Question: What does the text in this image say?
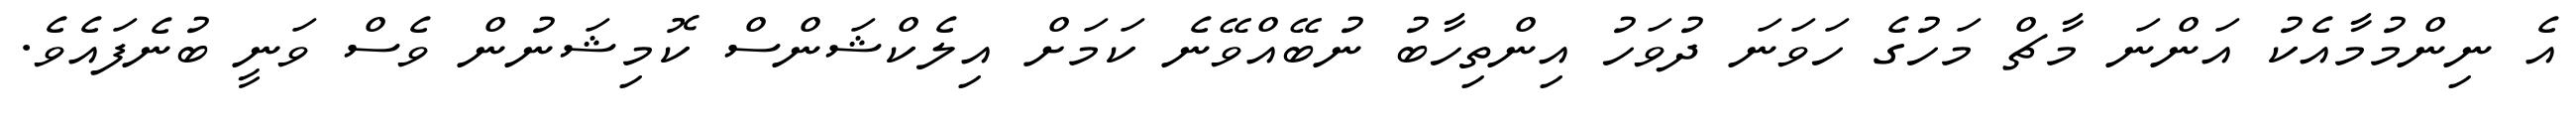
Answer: އެ ނިންމުމާއެކު އަންނަ މާޗް މަހުގެ ހަވަނަ ދުވަހު އިންތިހާބު ނުބޭއްވޭނެ ކަމަށް އިލެކްޝަންސް ކޮމިޝަނުން ވެސް ވަނީ ބުނެފައެވެ.